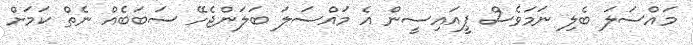
މައްސަލަ ބެލި ނަމަވެސް ޕީއައިސީން އެ މައްސަލަ ބަލަންޖެހޭ ސަބަބެއް ނެތް ކަމަށް